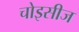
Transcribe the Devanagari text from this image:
चोइसीज